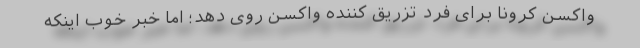
واکسن کرونا برای فرد تزریق کننده واکسن روی دهد؛ اما خبر خوب اینکه